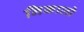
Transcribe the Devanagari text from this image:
निकालो